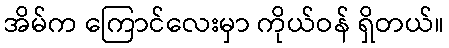
အိမ်က ကြောင်လေးမှာ ကိုယ်ဝန် ရှိတယ်။